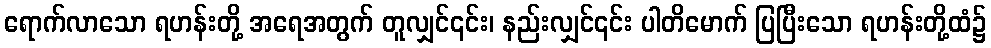
ရောက်လာသော ရဟန်းတို့ အရေအတွက် တူလျှင်၎င်း၊ နည်းလျှင်၎င်း ပါတိမောက် ပြပြီးသော ရဟန်းတို့ထံ၌